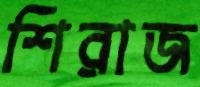
শিরাজ